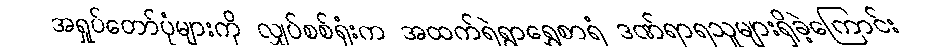
အရှုပ်တော်ပုံများကို လျှပ်စစ်ရုံးက အထက်ရဲရွာရွှေစာရံ ဒဏ်ရာရသူများရှိခဲ့ကြောင်း